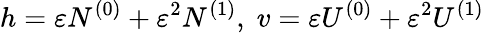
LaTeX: h=\varepsilon N^{(0)}+\varepsilon^{2}N^{(1)},\; v=\varepsilon U^{(0)}+\varepsilon^{2}U^{(1)}